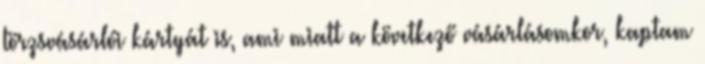
törzsvásárlói kártyát is, ami miatt a következő vásárlásomkor, kaptam